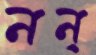
নন্